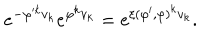
e ^ { - \varphi ^ { k } v _ { k } } e ^ { \varphi ^ { k } v _ { k } } = e ^ { \xi ( \varphi ^ { \prime } , \varphi ) ^ { k } v _ { k } } .